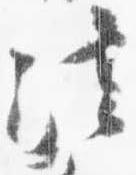
法